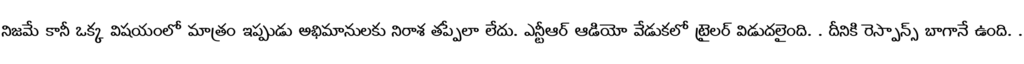
నిజమే కానీ ఒక్క విషయంలో మాత్రం ఇప్పుడు అభిమానులకు నిరాశ తప్పేలా లేదు. ఎన్టీఆర్ ఆడియో వేడుకలో ట్రైలర్ విడుదలైంది. . దీనికి రెస్పాన్స్ బాగానే ఉంది. .